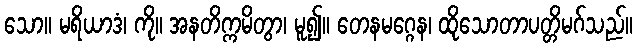
သော။ မရိယာဒံ၊ ကို။ အနတိက္ကမိတွာ၊ မူ၍။ တေနမဂ္ဂေန၊ ထိုသောတာပတ္တိမဂ်သည်။